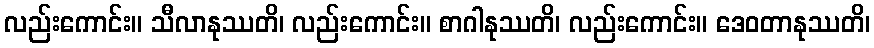
လည်းကောင်း။ သီလာနုဿတိ၊ လည်းကောင်း။ စာဂါနုဿတိ၊ လည်းကောင်း။ ဒေဝတာနုဿတိ၊